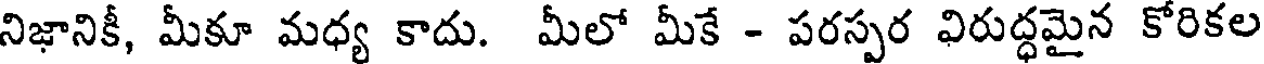
నిజానికీ, మీకూ మధ్య కాదు. మీలో మీకే - పరస్పర విరుద్ధమైన కోరికల